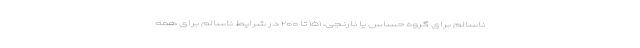
ناسالم برای گروه حساس یا نارنجی، ۱۵۱ تا ۲۰۰ در شرایط ناسالم برای همه